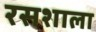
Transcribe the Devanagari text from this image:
रसशाला